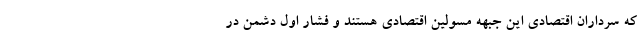
که سرداران اقتصادی این جبهه مسولین اقتصادی هستند و فشار اول دشمن در